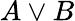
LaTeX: A\lor B